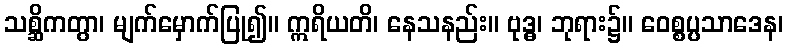
သစ္ဆိကတွာ၊ မျက်မှောက်ပြု၍။ ဣရိယတိ၊ နေသနည်း။ ဗုဒ္ဓ၊ ဘုရား၌။ ဝေစ္စပ္ပသာဒေန၊